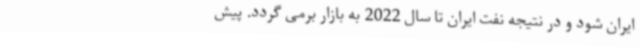
ایران شود و در نتیجه نفت ایران تا سال 2022 به بازار برمی گردد. پیش